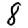
Digit: 8